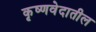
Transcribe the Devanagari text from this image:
कृष्णवेदातील